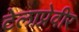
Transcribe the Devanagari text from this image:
टेलाप्रेवीर